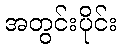
အတွင်းပိုင်း